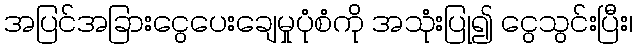
အပြင်အခြားငွေပေးချေမှုပုံစံကို အသုံးပြု၍ ငွေသွင်းပြီး၊